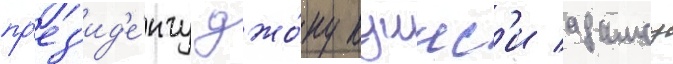
пр'ез'ид'е́нту джо́ну куинс'и адамсу